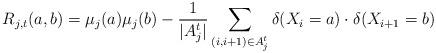
LaTeX: \begin{align*}R_{j,t}(a,b) = \mu_j(a)\mu_j(b) -\frac{1}{|A_j^t|} \sum_{(i,i+1) \in A_j^t} \delta(X_i = a)\cdot\delta(X_{i+1} = b)\end{align*}